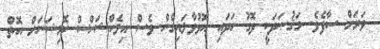
ވަރަށް ސާފެވެ. މަޤުޞަދަކީ ދޮގު ހަދައި އޮޅުވާލައިގެން ވެސް އިލެކްޝަންސް ކޮމިޝަނަށް އޮތް